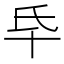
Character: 氒